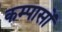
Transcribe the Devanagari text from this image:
कम्पासों